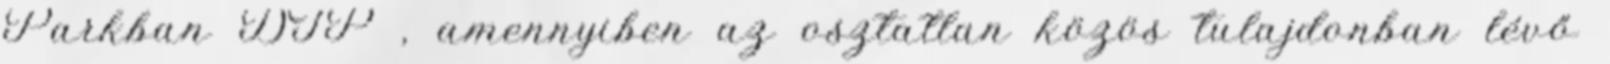
Parkban DIP , amennyiben az osztatlan közös tulajdonban lévő